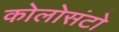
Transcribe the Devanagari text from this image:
कोलोसंटो